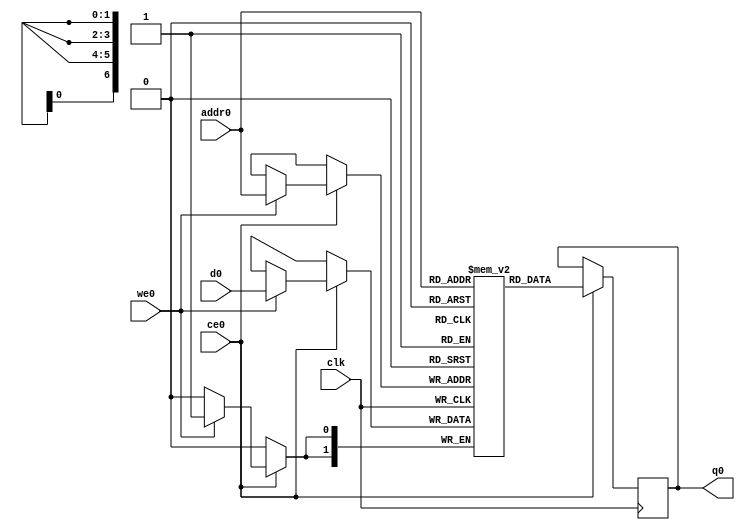
// ==============================================================
// Vitis HLS - High-Level Synthesis from C, C++ and OpenCL v2020.2 (64-bit)
// Copyright 1986-2020 Xilinx, Inc. All Rights Reserved.
// ==============================================================
`timescale 1 ns / 1 ps
module StreamingMaxPool_Batch_0_StreamingMaxPool_Precision_256u_2u_64u_ap_int_2_2_128_s_buf_V_0_ram (addr0, ce0, d0, we0, q0,  clk);

parameter DWIDTH = 2;
parameter AWIDTH = 7;
parameter MEM_SIZE = 128;

input[AWIDTH-1:0] addr0;
input ce0;
input[DWIDTH-1:0] d0;
input we0;
output reg[DWIDTH-1:0] q0;
input clk;

reg [DWIDTH-1:0] ram[0:MEM_SIZE-1];




always @(posedge clk)  
begin 
    if (ce0) begin
        if (we0) 
            ram[addr0] <= d0; 
        q0 <= ram[addr0];
    end
end


endmodule

`timescale 1 ns / 1 ps
module StreamingMaxPool_Batch_0_StreamingMaxPool_Precision_256u_2u_64u_ap_int_2_2_128_s_buf_V_0(
    reset,
    clk,
    address0,
    ce0,
    we0,
    d0,
    q0);

parameter DataWidth = 32'd2;
parameter AddressRange = 32'd128;
parameter AddressWidth = 32'd7;
input reset;
input clk;
input[AddressWidth - 1:0] address0;
input ce0;
input we0;
input[DataWidth - 1:0] d0;
output[DataWidth - 1:0] q0;



StreamingMaxPool_Batch_0_StreamingMaxPool_Precision_256u_2u_64u_ap_int_2_2_128_s_buf_V_0_ram StreamingMaxPool_Batch_0_StreamingMaxPool_Precision_256u_2u_64u_ap_int_2_2_128_s_buf_V_0_ram_U(
    .clk( clk ),
    .addr0( address0 ),
    .ce0( ce0 ),
    .we0( we0 ),
    .d0( d0 ),
    .q0( q0 ));

endmodule